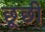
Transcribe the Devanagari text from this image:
छूछी